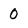
Character: 0